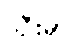
၂ဦးမှာ